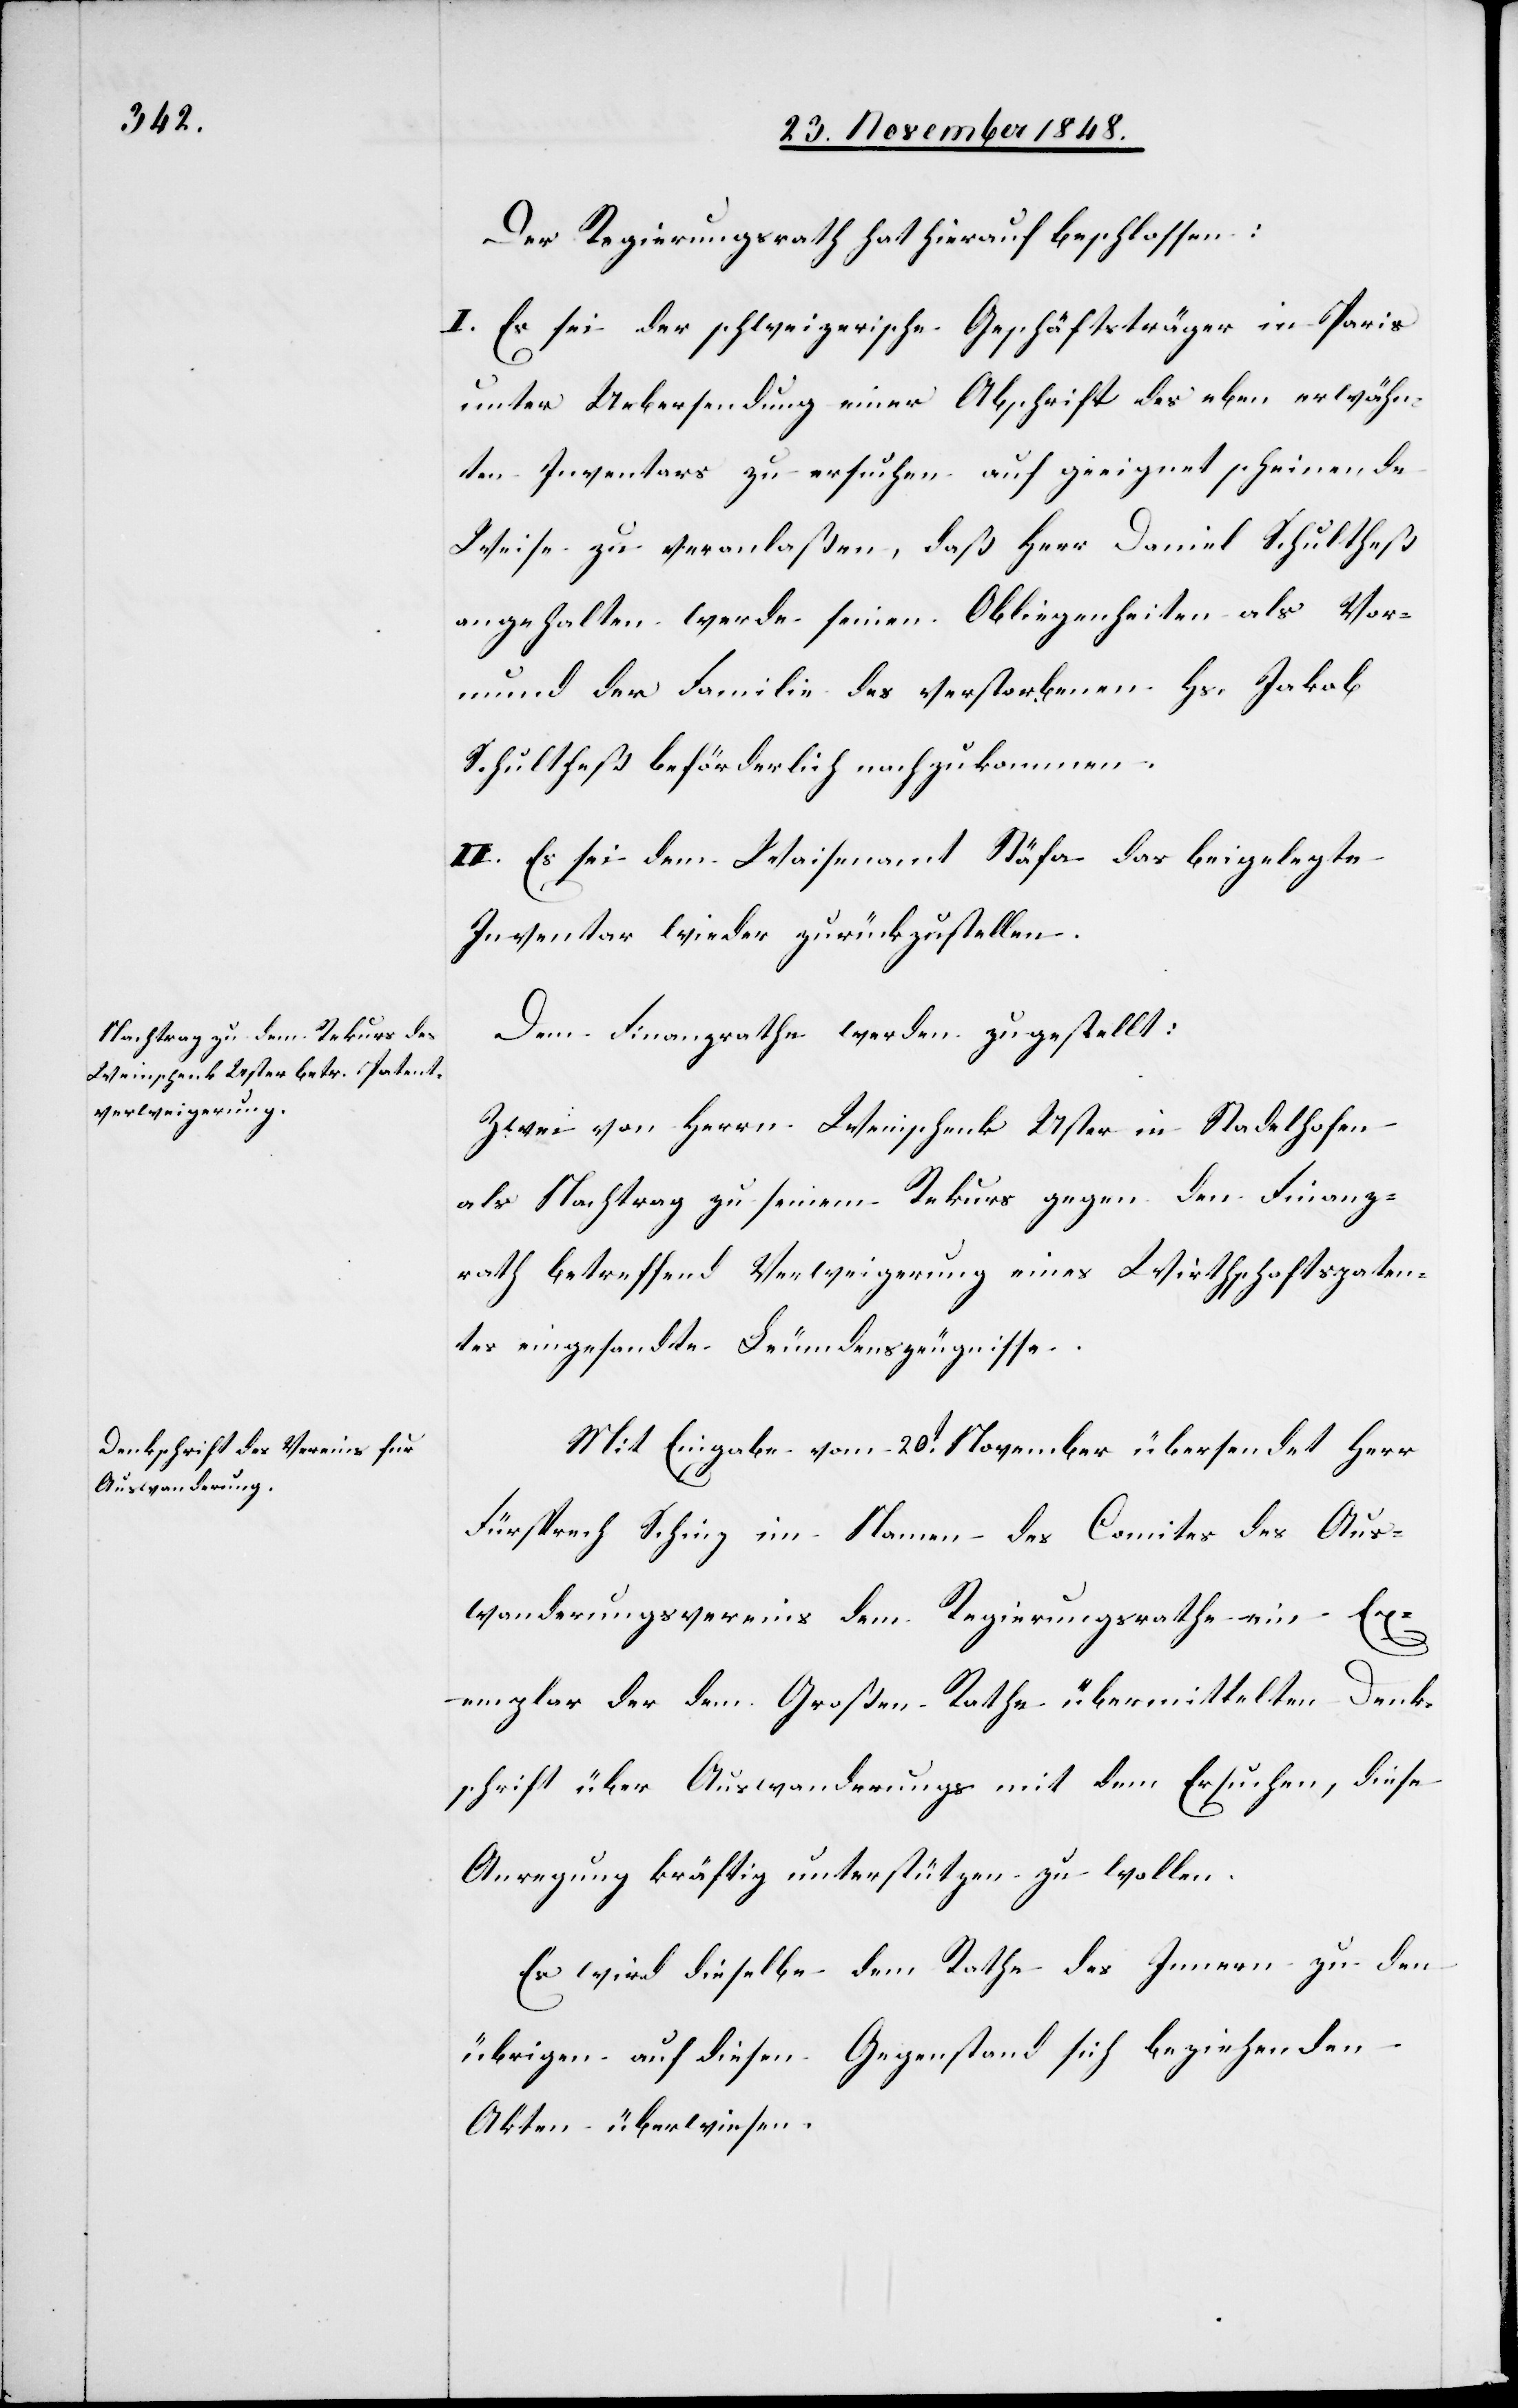
Der Regierungsrath hat hierauf beschlossen:
I. Es sei der schweizerische Geschäftsträger in Paris
unter Uebersendung einer Abschrift des eben erwähn¬
ten Inventars zu ersuchen auf geeignet scheinende
Weise zu veranlaßen, daß Herr Daniel Schultheß
angehalten werde seinen Obliegenheiten als Vor¬
mund der Familie des verstorbenen Hs. Jakob
Schultheß beförderlich nachzukommen.
II. Es sei dem Waisenamt Stäfa das beigelegte
Inventar wieder zurückzustellen.
Dem Finanzrathe werden zugestellt:
Zwei von Herrn Weinschenk Uster in Stadelhofen
als Nachtrag zu seinem Rekurs gegen den Finanz¬
rath betreffend Verweigerung eines Wirthschaftspaten¬
tes eingesandte Leumundszeugnisse.
Mit Eingabe vom 20t November übersendet Herr
Fürsprech Schinz im Namen des Comites des Aus¬
wanderungsvereins dem Regierungsrathe ein Ex¬
emplar der dem Großen Rathe übermittelten Denk¬
schrift über Auswanderung mit dem Ersuchen, diese
Anregung kräftig unterstützen zu wollen.
Es wird dieselbe dem Rathe des Innern zu den
übrigen auf diesen Gegenstand sich beziehenden
Akten überwiesen.